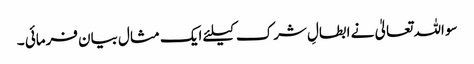
سو اللہ تعالیٰ نے ابطالِ شرک کیلئے ایک مثال بیان فرمائی ۔